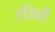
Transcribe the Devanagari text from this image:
रजिनी